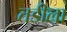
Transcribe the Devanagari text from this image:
तडीला